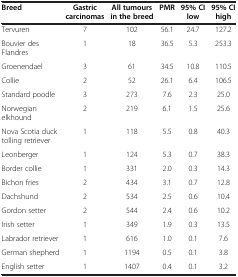
<table><thead><tr><td><b>Breed</b></td><td><b>Gastric carcinomas</b></td><td><b>All tumours in the breed</b></td><td><b>PMR</b></td><td><b>95% CI low</b></td><td><b>95% CI high</b></td></tr></thead><tbody><tr><td>Tervuren</td><td>7</td><td>102</td><td>56.1</td><td>24.7</td><td>127.2</td></tr><tr><td>Bouvier des Flandres</td><td>1</td><td>18</td><td>36.5</td><td>5.3</td><td>253.3</td></tr><tr><td>Groenendael</td><td>3</td><td>61</td><td>34.5</td><td>10.8</td><td>110.5</td></tr><tr><td>Collie</td><td>2</td><td>52</td><td>26.1</td><td>6.4</td><td>106.5</td></tr><tr><td>Standard poodle</td><td>3</td><td>273</td><td>7.6</td><td>2.3</td><td>25.0</td></tr><tr><td>Norwegian elkhound</td><td>2</td><td>219</td><td>6.1</td><td>1.5</td><td>25.6</td></tr><tr><td>Nova Scotia duck tolling retriever</td><td>1</td><td>118</td><td>5.5</td><td>0.8</td><td>40.3</td></tr><tr><td>Leonberger</td><td>1</td><td>124</td><td>5.3</td><td>0.7</td><td>38.3</td></tr><tr><td>Border collie</td><td>1</td><td>331</td><td>2.0</td><td>0.3</td><td>14.3</td></tr><tr><td>Bichon fries</td><td>2</td><td>434</td><td>3.1</td><td>0.7</td><td>12.8</td></tr><tr><td>Dachshund</td><td>2</td><td>534</td><td>2.5</td><td>0.6</td><td>10.4</td></tr><tr><td>Gordon setter</td><td>2</td><td>544</td><td>2.4</td><td>0.6</td><td>10.2</td></tr><tr><td>Irish setter</td><td>1</td><td>349</td><td>1.9</td><td>0.3</td><td>13.5</td></tr><tr><td>Labrador retriever</td><td>1</td><td>616</td><td>1.0</td><td>0.1</td><td>7.6</td></tr><tr><td>German shepherd</td><td>1</td><td>1194</td><td>0.5</td><td>0.1</td><td>3.8</td></tr><tr><td>English setter</td><td>1</td><td>1407</td><td>0.4</td><td>0.1</td><td>3.2</td></tr></tbody></table>